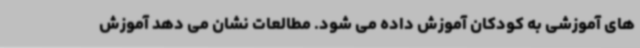
های آموزشی به کودکان آموزش داده می شود. مطالعات نشان می دهد آموزش